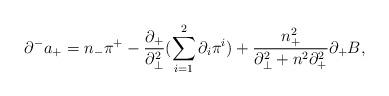
LaTeX: \begin{align*}{\partial}^-a_+=n_-{\pi}^+-\frac{{\partial}_+}{{\partial}_{\bot}^2}(\sum_{i=1}^2{\partial}_i{\pi}^i)+\frac{n_+^2}{{\partial}_{\bot}^2+n^2{\partial}_+^2}{\partial}_+B,\end{align*}